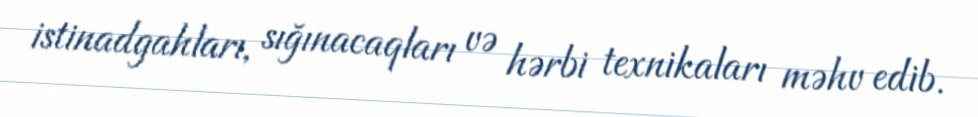
istinadgahları, sığınacaqları və hərbi texnikaları məhv edib.